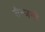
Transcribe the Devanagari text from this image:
सैन्जनी